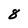
Character: 8